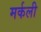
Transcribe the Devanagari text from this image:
मर्कली